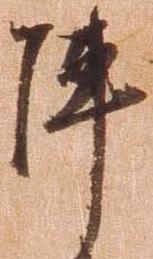
陣